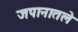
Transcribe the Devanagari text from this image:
जपानातले